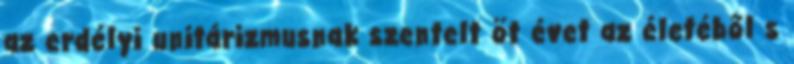
az erdélyi unitárizmusnak szentelt öt évet az életéből s